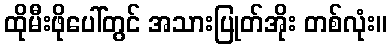
ထိုမီးဖိုပေါ်တွင် အသားပြုတ်အိုး တစ်လုံး။